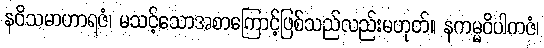
နဝိသမာဟာရဇံ၊ မသင့်သောအစာကြောင့်ဖြစ်သည်လည်းမဟုတ်။ နကမ္မဝိပါကဇံ၊